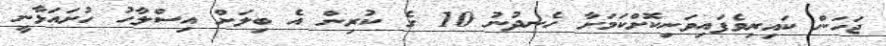
ޖަހަން ކައިރިވެފައިވަނިކޮށްކަމަށާ ހެނދުނު 10 ގެ ކުރިން އެ ބިލަށް އިސްލާހު ހުށައަޅާނީ